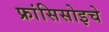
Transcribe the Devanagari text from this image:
फ्रांसिसोइचे